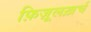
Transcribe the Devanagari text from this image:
फ़िज़ूलख़र्च